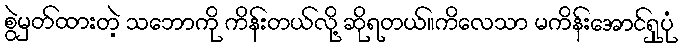
စွဲမှတ်ထားတဲ့ သဘောကို ကိန်းတယ်လို့ ဆိုရတယ်။ကိလေသာ မကိန်းအောင်ရှုပုံ